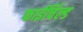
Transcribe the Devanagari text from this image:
फाईर्चिल्ड